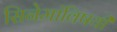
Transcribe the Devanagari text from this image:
सिनेमांविषयी